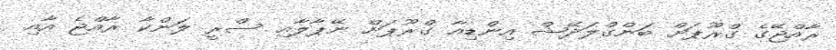
ރާއްޖޭގެ ގްރޫޕަށް ބަންގްލަދޭޝް އިންޑިއާ ގްރޫޕަށް ނޭޕާލާއި ސްރީ ލަންކާ ރާއްޖެ އާއި